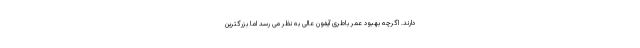
دارند. اگرچه بهبود عمر باطری آیفون عالی به نظر می رسد اما بزرگترین